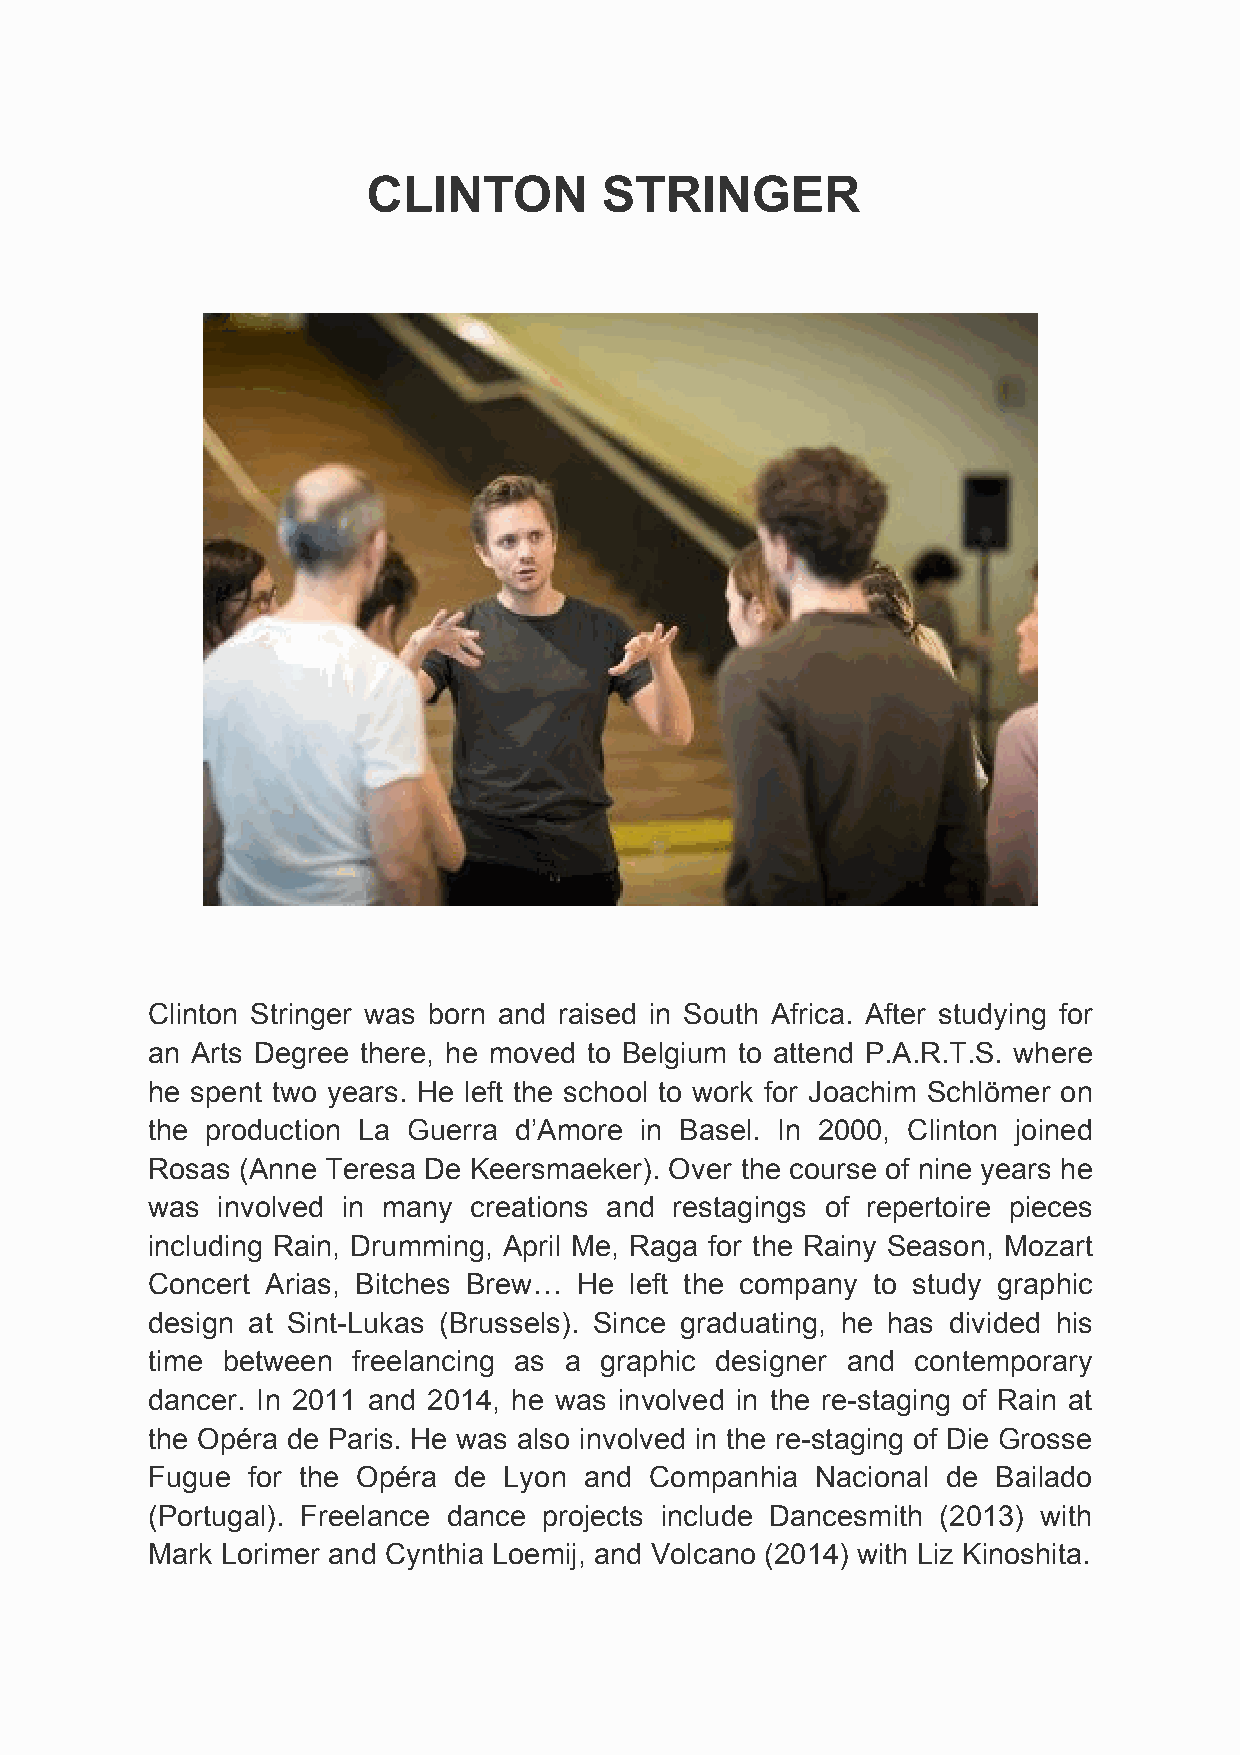
CLINTON         STRINGER
 Clinton Stringer was born and raised in South Africa. After studying for
 an Arts Degree there, he moved to Belgium to attend P.A.R.T.S. where
 he spent two years. He left the school to work for Joachim Schlömer on
 the production La Guerra d’Amore in Basel. In 2000, Clinton joined
 Rosas (Anne Teresa De Keersmaeker). Over the course of nine years he
 was involved in many creations and restagings of repertoire pieces
 including Rain, Drumming, April Me, Raga for the Rainy Season, Mozart
 Concert Arias, Bitches Brew… He left the company to study graphic
 design at Sint-Lukas (Brussels). Since graduating, he has divided his
 time between freelancing as a graphic designer and contemporary
 dancer. In 2011 and 2014, he was involved in the re-staging of Rain at
 the Opéra de Paris. He was also involved in the re-staging of Die Grosse
 Fugue for the Opéra de Lyon  and Companhia  Nacional de Bailado
 (Portugal). Freelance dance projects include Dancesmith (2013) with
 Mark Lorimer and Cynthia Loemij, and Volcano (2014) with Liz Kinoshita.